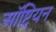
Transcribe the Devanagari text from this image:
ऑष्ट्रियन